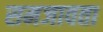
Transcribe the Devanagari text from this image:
समजावता